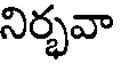
నిర్భవా